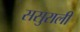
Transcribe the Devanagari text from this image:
ससुराली